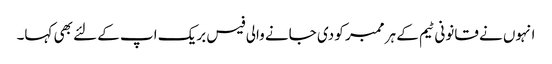
انہوں نے قانونی ٹیم کے ہر ممبر کو دی جانے والی فیس بریک اپ کے لئے بھی کہا۔